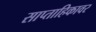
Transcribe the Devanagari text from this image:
साप्ताहिकावर